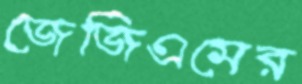
জেজিএমের